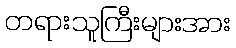
တရားသူကြီးများအား